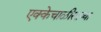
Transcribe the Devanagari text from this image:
एक्केचाळीसाव्या